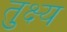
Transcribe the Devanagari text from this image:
तुक्ष्य